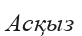
Асқыз